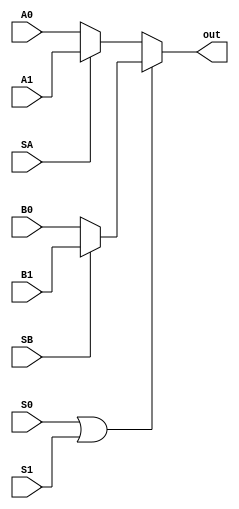
module __ACT_C1 ( // this module is based on the __ACT_C1 module
    input A0, A1, SA, B0, B1, SB, S0, S1,

    output out
);
    
    wire F1, F2, S2;

    assign F1 = (SA == 1) ? A1 : A0;
    assign F2 = (SB == 1) ? B1 : B0;
    assign S2 = (S0 | S1);
    
    assign out = (S2 == 1) ? F2 : F1;

endmodule